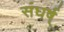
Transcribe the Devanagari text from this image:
संघर्ष्